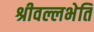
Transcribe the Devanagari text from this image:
श्रीवल्लभेति